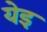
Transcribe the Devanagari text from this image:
येइ